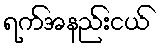
ရက်အနည်းငယ်